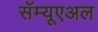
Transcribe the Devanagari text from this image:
सॅम्यूएअल